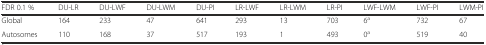
| FDR 0.1 % | DU-LR | DU-LWF | DU-LWM | DU-PI | LR-LWF | LR-LWM | LR-PI | LWF-LWM | LWF-PI | LWM-PI |
 | --- | --- | --- | --- | --- | --- | --- | --- | --- | --- | --- |
 | Global | 164 | 233 | 47 | 641 | 293 | 13 | 703 | 6a | 732 | 67 |
 | Autosomes | 110 | 168 | 37 | 517 | 193 | 1 | 493 | 0a | 519 | 40 |